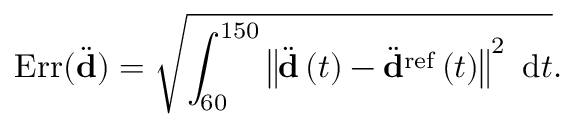
\mathrm { E r r } ( \ddot { \bf d } ) = \sqrt { \int _ { 6 0 } ^ { 1 5 0 } { \left\Vert \ddot { \bf d } \left( t \right) - \ddot { \bf d } ^ { \mathrm { r e f } } \left( t \right) \right\Vert ^ { 2 } \ \mathrm { d } t } } .